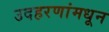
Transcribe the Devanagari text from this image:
उदहरणांमधून